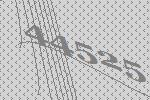
44525